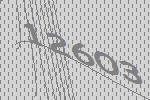
12603